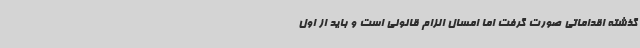
گذشته اقداماتی صورت گرفت اما امسال الزام قانونی است و باید از اول